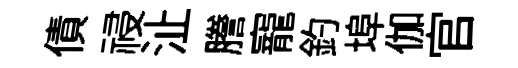
債祲沚謄寵釣埠伽官